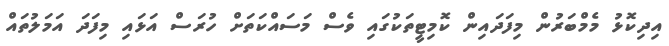
އިދިކޮޅު މެމްބަރުން މިފަދައިން ކޮމިޓީތަކުގައި ވެސް މަސައްކަތަށް ހުރަސް އަޅައި މިފަދަ އަމަލުތައް